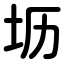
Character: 坜